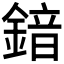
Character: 𮢣